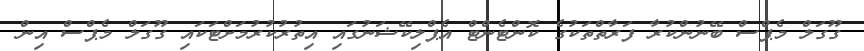
ގޫގަލް މެޕްސް ބޭނުންކުރާ ފަރާތްތަކުގެ ކޮންޓެންޓް އެޕްލިކޭޝަނުގައި އިތުރުކުރުމަށްޓަކައި ގޫގަލް މެޕްސް އިން